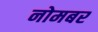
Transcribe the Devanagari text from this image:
नोमबर